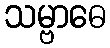
သမ္ဗာဓေ